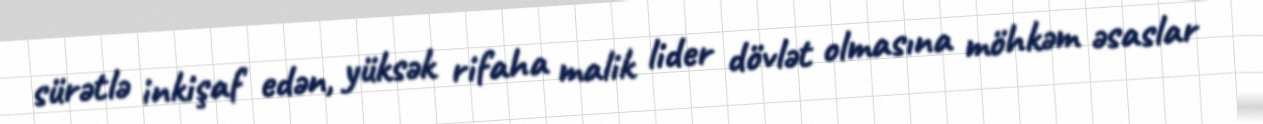
sürətlə inkişaf edən, yüksək rifaha malik lider dövlət olmasına möhkəm əsaslar